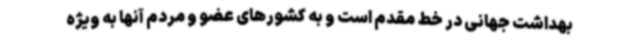
بهداشت جهانی در خط مقدم است و به کشورهای عضو و مردم آنها به ویژه